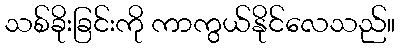
သစ်ခိုးခြင်းကို ကာကွယ်နိုင်လေသည်။